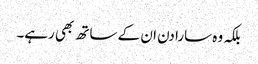
بلکہ وہ سارا دن ان کے ساتھ بھی رہے۔